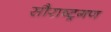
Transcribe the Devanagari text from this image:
सौराष्ट्रगण